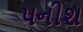
પનીશ